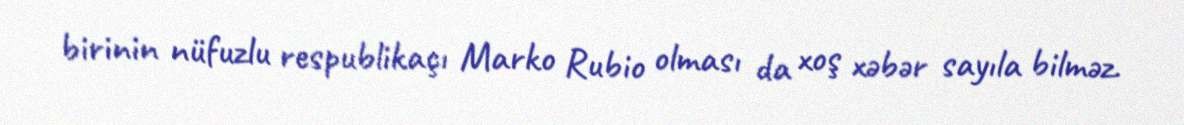
birinin nüfuzlu respublikaçı Marko Rubio olması da xoş xəbər sayıla bilməz.